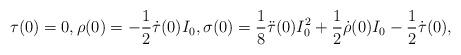
LaTeX: \begin{align*} \tau(0)=0, \rho(0)=-\frac{1}{2}\dot{\tau}(0)I_0, \sigma(0)=\frac{1}{8}\ddot{\tau}(0)I_0^2+\frac{1}{2}\dot{\rho}(0)I_0-\frac{1}{2}\dot{\tau}(0),\end{align*}